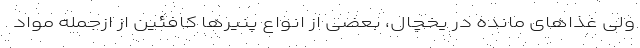
ولی غذاهای مانده در یخچال، بعضی از انواع پنیرها کافئین از ازجمله مواد